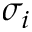
\sigma _ { i }